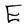
Character: E